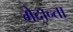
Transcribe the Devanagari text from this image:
मेदान्ता